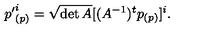
{ p ^ { \prime } } _ { ( p ) } ^ { i } = \sqrt { \det A } [ ( A ^ { - 1 } ) ^ { t } p _ { ( p ) } ] ^ { i } .